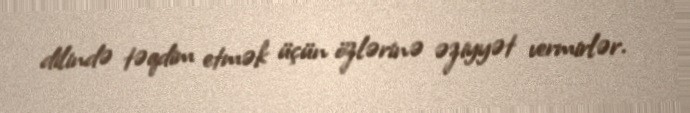
dilində təqdim etmək üçün özlərinə əziyyət vermirlər.